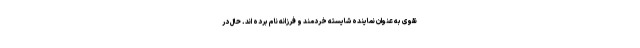
نقوی به عنوان نماینده شایسته خردمند و فرزانه نام برده اند. حال در